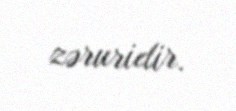
zəruridir.